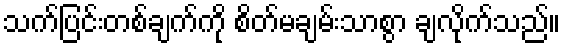
သက်ပြင်းတစ်ချက်ကို စိတ်မချမ်းသာစွာ ချလိုက်သည်။